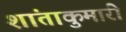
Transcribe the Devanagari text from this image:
शांताकुमारी